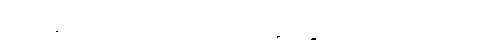
ဝက်ချ်က ထပ်လောင်းပြောဆိုသွားခဲ့ပါသေးတယ်။